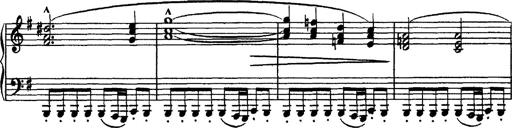
Title: Piano Sonata
Composer: Karl HÃ¤ssler
Key: C major